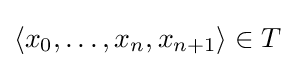
\langle x_{0},\dots ,x_{n},x_{n+1}\rangle \in T